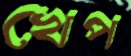
খেপ